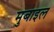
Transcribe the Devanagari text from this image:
मुबाइल